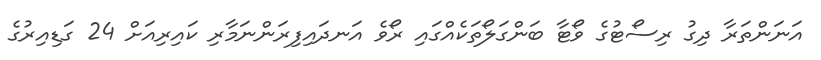
އަނަންތަރާ ދިގު ރިސޯޓުގެ ވޯޓާ ބަންގަލޯތަކެއްގައި ރޯވެ އަނދައިފިރަންނަމާރި ކައިރިއަށް 24 ގަޑިއިރުގެ